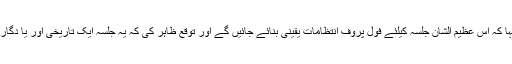
انھوں نے کہا کہ اس عظیم الشان جلسہ کیلئے فول پروف انتظامات یقینی بنائے جائیں گے اور توقع ظاہر کی کہ یہ جلسہ ایک تاریخی اور یا دگار جلسہ ہو گا۔